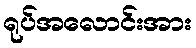
ရုပ်အလောင်းအား